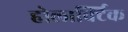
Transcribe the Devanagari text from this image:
होलार्क्टिक